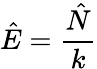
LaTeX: \hat{E}=\frac{\hat{N}}{k}